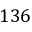
1 3 6